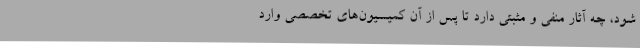
شود، چه آثار منفی و مثبتی دارد تا پس از آن کمیسیون‌های تخصصی وارد